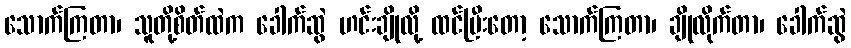
သောက်ကြတာ၊ သူတို့စိတ်ထဲက ခေါက်ဆွဲ ဟင်းချိုလို့ ထင်ပြီးတော့ သောက်ကြတာ၊ ချိုလိုက်တာ၊ ခေါက်ဆွဲ